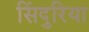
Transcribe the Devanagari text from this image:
सिंदुरिया